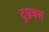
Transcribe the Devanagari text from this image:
द्म्नक्स